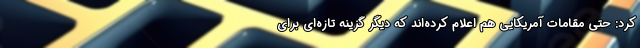
کرد: حتی مقامات آمریکایی هم اعلام کرده‌اند که دیگر گزینه تازه‌ای برای